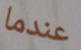
عندما